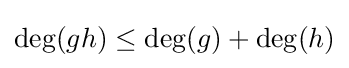
\deg(gh)\leq \deg(g)+\deg(h)